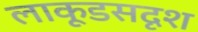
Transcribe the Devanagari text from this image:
लाकूडसदृश